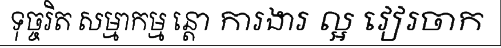
ទុច្ចរិត សម្មាកម្ម ន្តោ ការងារ ល្អ វៀរចាក